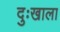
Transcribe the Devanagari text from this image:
दुःखाला